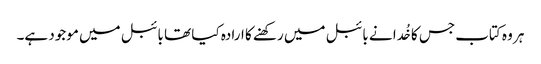
ہر وہ کتاب جس کا خُدا نے بائبل میں رکھنے کا ارادہ کیا تھا بائبل میں موجود ہے۔